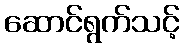
ဆောင်ရွက်သင့်